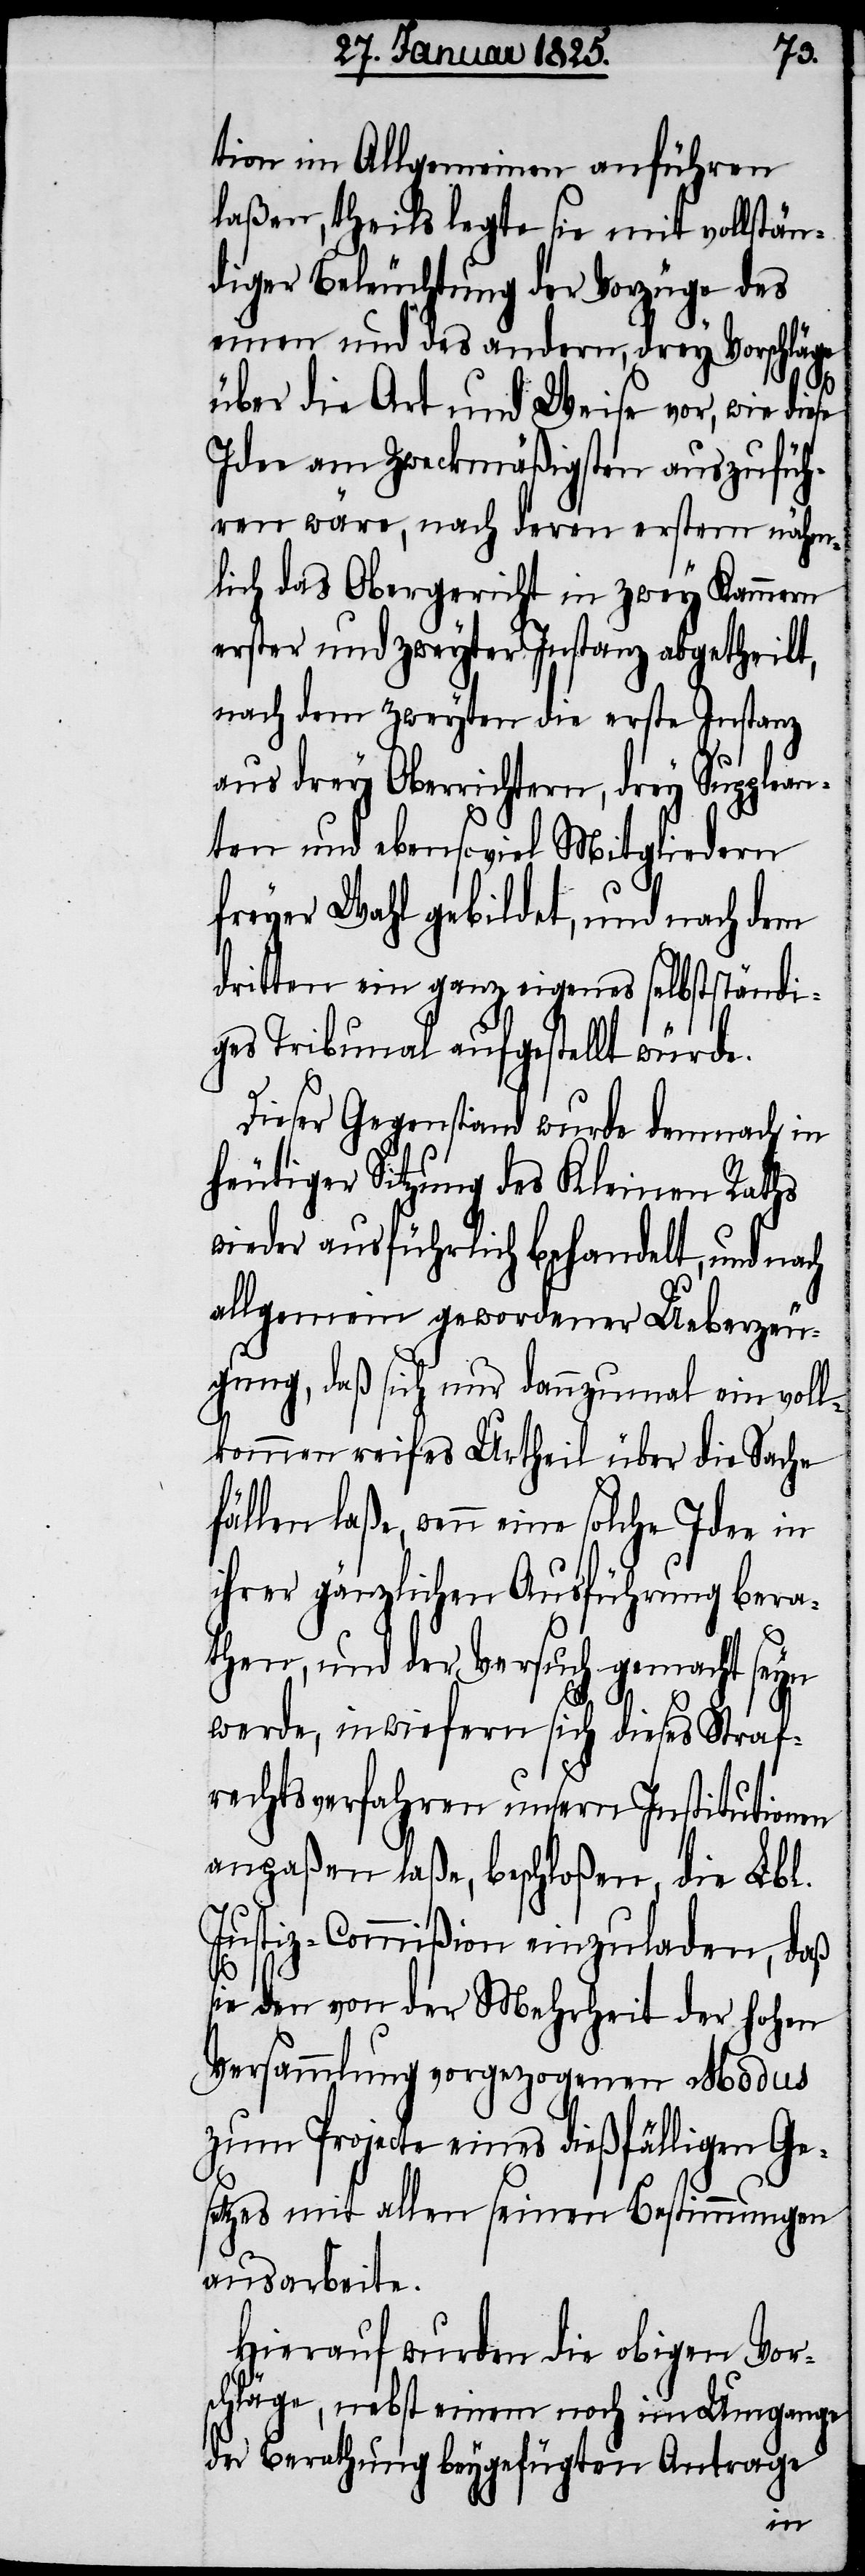
tion im Allgemeinen anführen
laßen, theils legte sie mit vollstän¬
diger Beleuchtung der Vorzüge des
einen und des andern, drey Vorschläge
über die Art und Weise vor, wie diese
Idee am Zweckmäßigsten auszufüh¬
ren wäre, nach deren erstem nähm¬
lich das Obergericht in zwey Kammern
erster und zweyter Instanz abgetheilt,
nach dem zweyten die erste Instanz
aus drey Oberrichtern, drey Supplean¬
ten und ebensoviel Mitgliedern
freyer Wahl gebildet, und nach dem
dritten ein ganz eigenes selbstständi¬
ges Tribunal aufgestellt würde.
Dieser Gegenstand wurde demnach in
heutiger Sitzung des Kleinen Raths
wieder ausführlich behandelt, und nach
allgemein gewordener Ueberzeu¬
gung, daß sich nur dannzumal ein voll¬
kommen reifes Urtheil über die Sache
fällen laße, wenn eine solche Idee in
ihrer gänzlichen Ausführung bera¬
then, und der Versuch gemacht seyn
werde, inwiefern sich dieses Straf¬
rechtsverfahren unsern Institutionen
anpaßen laße, beschloßen, die Lbl.
Justiz-Commißion einzuladen, daß
sie den von der Mehrheit der hohen
Versammlung vorgezogenen Modus
zum Projecte eines dießfälligen Ge¬
setzes mit allen seinen Bestimmungen
ausarbeite.
Hierauf wurden die obigen Vors¬
chläge, nebst einem noch im Umgange
der Berathung beygefügten Antrage